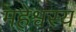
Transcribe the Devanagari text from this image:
महेश्वस्य